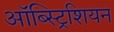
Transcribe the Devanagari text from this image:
ऑब्स्ट्रिशियन